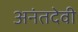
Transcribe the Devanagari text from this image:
अनंतदेवी